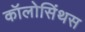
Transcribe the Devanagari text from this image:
कॉलोसिंथस